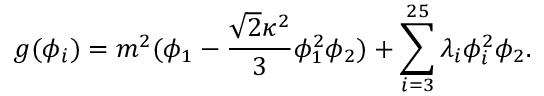
g ( \phi _ { i } ) = m ^ { 2 } ( \phi _ { 1 } - \frac { { \sqrt { 2 } } \kappa ^ { 2 } } { 3 } \phi _ { 1 } ^ { 2 } \phi _ { 2 } ) + \sum _ { i = 3 } ^ { 2 5 } \lambda _ { i } \phi _ { i } ^ { 2 } \phi _ { 2 } .